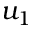
u _ { 1 }